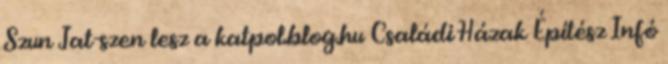
Szun Jat-szen lesz a katpol.blog.hu Családi Házak Építész Infó